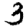
Digit: 3